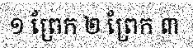
១ ព្រែក ២ ព្រែក ៣